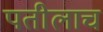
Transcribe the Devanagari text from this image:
पतीलाच